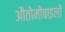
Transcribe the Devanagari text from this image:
औतोमोबाइलों